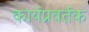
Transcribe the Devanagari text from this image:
कार्यप्रवर्तक